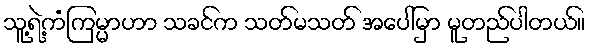
သူ့ရဲ့ကံကြမ္မာဟာ သခင်က သတ်မသတ် အပေါ်မှာ မူတည်ပါတယ်။